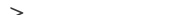
٤٦